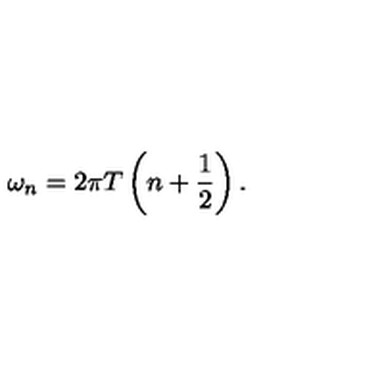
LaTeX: \omega _ { n } = 2 \pi T \left( n + { \frac { 1 } { 2 } } \right) .